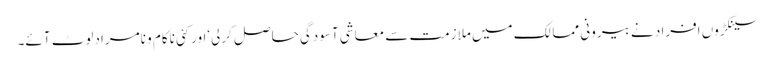
سینکڑوں افراد نے بیرونی ممالک میں ملازمت سے معاشی آسودگی حاصل کرلی‘اورکئی ناکام و نامرادلوٹ آئے۔